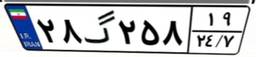
۶۰گ۹۳۶۴۰